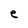
Character: e